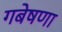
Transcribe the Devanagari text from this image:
गबेषणा